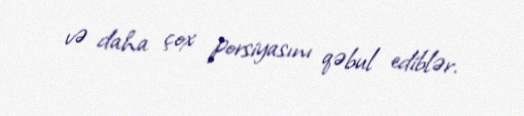
və daha çox porsiyasını qəbul ediblər.